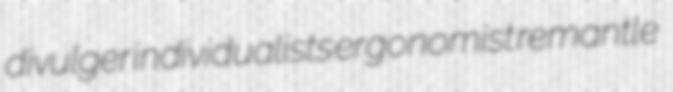
divulger individualists ergonomist remantle